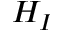
H _ { I }